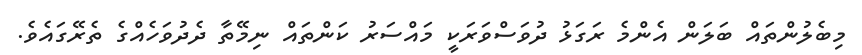
މިބެލުންތައް ބަލަން އެންމެ ރަގަޅު ދުވަސްވަރަކީ މައްސަރު ކަންތައް ނިމޭތާ ދެދުވަހެއްގެ ތެރޭގައެވެ.